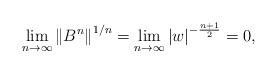
LaTeX: \begin{align*}\lim_{n\to \infty}{\|B^n\|}^{1/n}=\lim_{n\to \infty}{\left|w\right|}^{-\frac{n+1}{2}}=0,\end{align*}